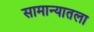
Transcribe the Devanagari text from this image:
सामान्यातला